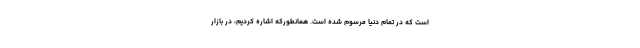
است که در تمام دنیا مرسوم شده است. همانطورکه اشاره کردیم، در بازار